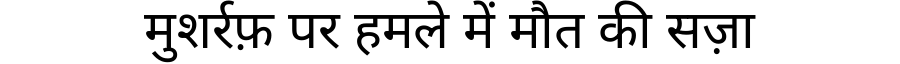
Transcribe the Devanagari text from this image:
मुशर्रफ़ पर हमले में मौत की सज़ा